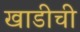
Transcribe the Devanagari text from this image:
खाडीची